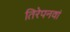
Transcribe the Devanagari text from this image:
तिरेपनवां